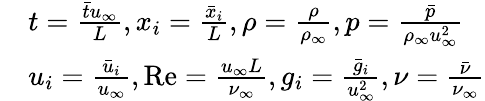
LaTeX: \begin{array}{rl}&{t=\frac{\bar{t}{{u}_{\infty}}}{L},{{x}_{i}}=\frac{{{{\bar{x}}}_{i}}}{L},\rho=\frac{\rho}{{{\rho}_{\infty}}},p=\frac{{\bar{p}}}{{{\rho}_{\infty}}u_{\infty}^{2}}}\\ &{{{u}_{i}}=\frac{{{{\bar{u}}}_{i}}}{{{u}_{\infty}}},\operatorname{Re}=\frac{{{u}_{\infty}}L}{{{\nu}_{\infty}}},{{g}_{i}}=\frac{{{{\bar{g}}}_{i}}}{u_{\infty}^{2}},\nu=\frac{{\bar{\nu}}}{{{\nu}_{\infty}}}}\end{array}